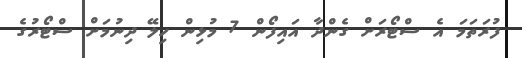
ފުރަތަމަ އެ ސްޓޯރަށް ގެންދާ އައިފޯން 7 މުޅިން ހިލޭ ދިނުމަށް ސްޓޯރުގެ